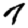
Digit: 7